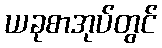
ယခုစာအုပ်တွင်